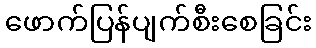
ဖောက်ပြန်ပျက်စီးစေခြင်း